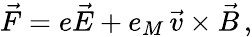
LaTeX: \vec{F}=e\vec{E}+e_{M}\, \vec{v}\times\vec{B}\, ,